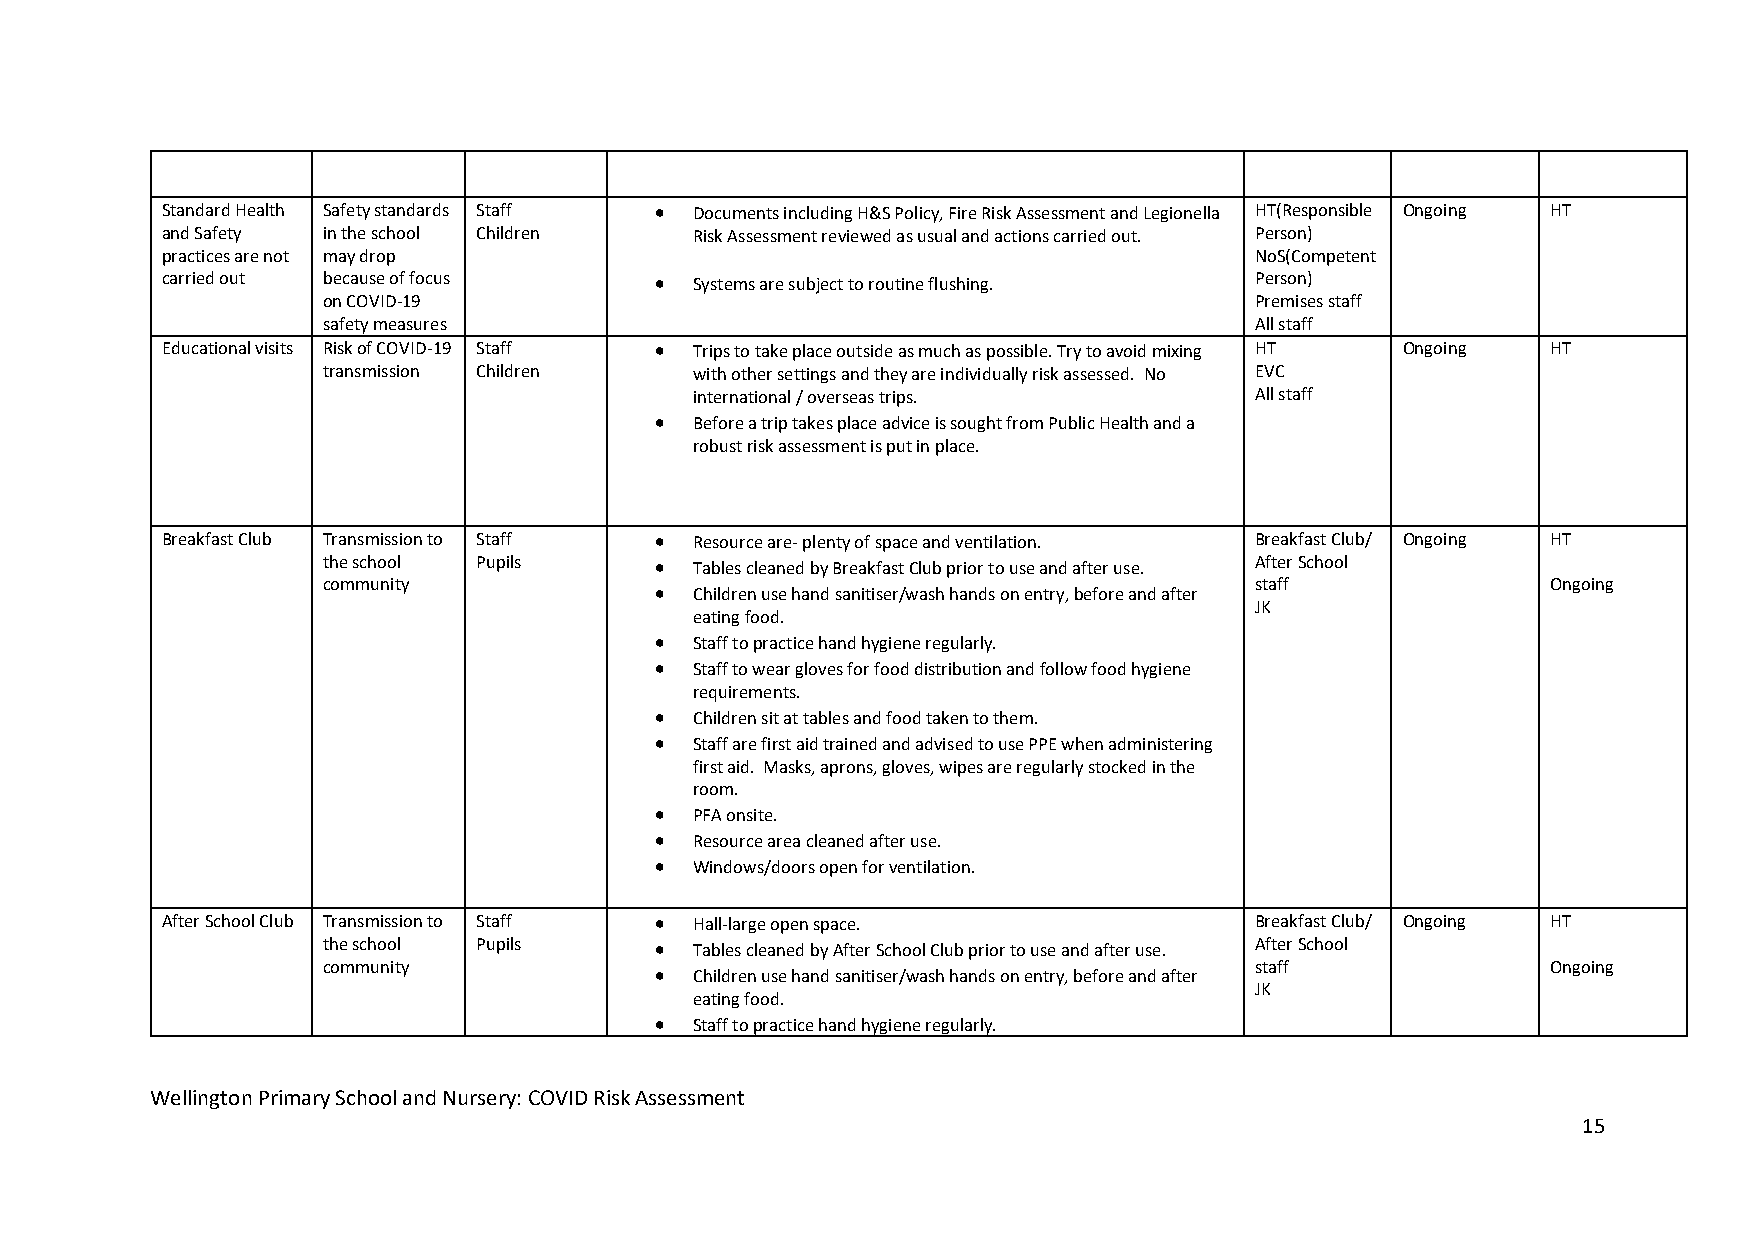
Standard Health Safety standards Staff  Documents including H&S Policy, Fire Risk Assessment and Legionella HT(Responsible Ongoing HT
 and Safety in the school Children  Risk Assessment reviewed as usual and actions carried out. Person)
 practices are not may drop                                              NoS(Competent
 carried out because of focus      Systems are subject to routine flushing. Person)
 on COVID-19                                                   Premises staff
 safety measures                                               All staff
 Educational visits Risk of COVID-19 Staff  Trips to take place outside as much as possible. Try to avoid mixing HT Ongoing HT
 transmission Children    with other settings and they are individually risk assessed. No EVC
 international / overseas trips.      All staff
   Before a trip takes place advice is sought from Public Health and a
 robust risk assessment is put in place.
 Breakfast Club Transmission to Staff  Resource are- plenty of space and ventilation. Breakfast Club/ Ongoing HT
 the school Pupils       Tables cleaned by Breakfast Club prior to use and after use. After School
 community                                                     staff               Ongoing
   Children use hand sanitiser/wash hands on entry, before and after
 JK
 eating food.
   Staff to practice hand hygiene regularly.
   Staff to wear gloves for food distribution and follow food hygiene
 requirements.
   Children sit at tables and food taken to them.
   Staff are first aid trained and advised to use PPE when administering
 first aid. Masks, aprons, gloves, wipes are regularly stocked in the
 room.
   PFA onsite.
   Resource area cleaned after use.
   Windows/doors open for ventilation.
 After School Club Transmission to Staff  Hall-large open space.        Breakfast Club/ Ongoing HT
 the school Pupils       Tables cleaned by After School Club prior to use and after use. After School
 community                                                     staff               Ongoing
   Children use hand sanitiser/wash hands on entry, before and after
 JK
 eating food.
   Staff to practice hand hygiene regularly.
 Wellington Primary School and Nursery: COVID Risk Assessment
 15